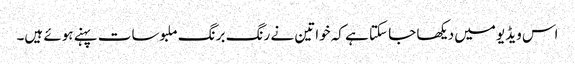
اس ویڈیو میں دیکھا جا سکتا ہے کہ خواتین نے رنگ برنگ ملبوسات پہنے ہوئے ہیں۔